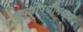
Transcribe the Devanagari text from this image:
पुष्पौषधीमध्ये